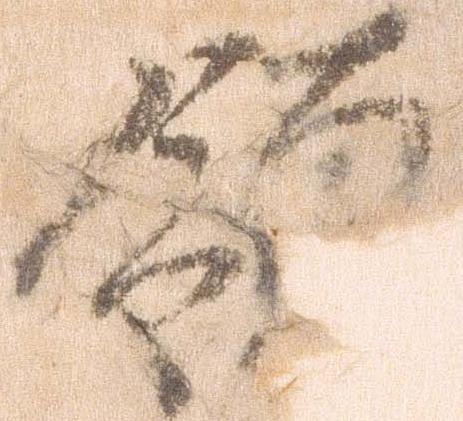
領